Report of the Indian Hemp Drugs Commission, 1894-1895 - Volume VII
Year: 1894
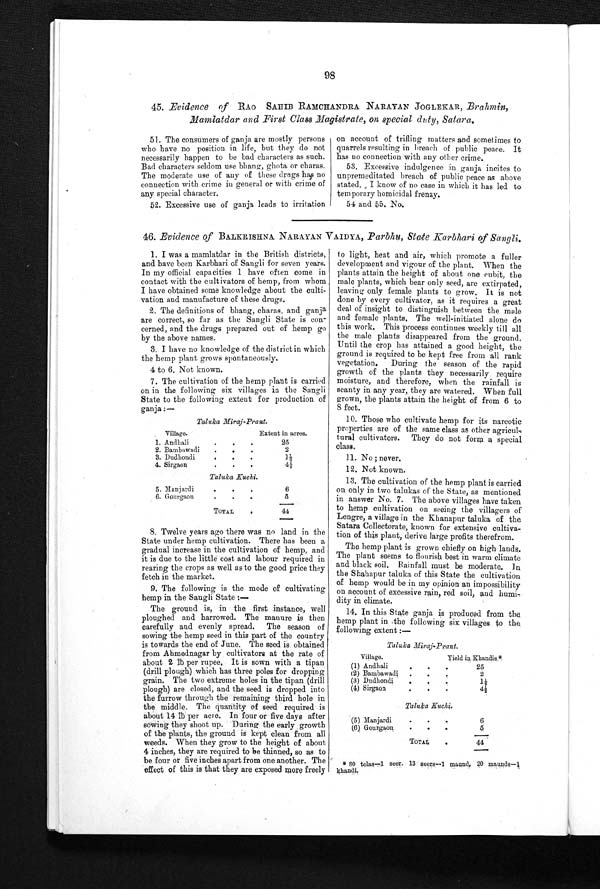
Taluka Miraj-Prant.
Village.
Extent in acres.
1. Andhali
25
2. Bambawadi
2
3. Dudhondi
1 ½
4. Sirgaon
4½
Taluka Kuchi.
5. Manjard i
6
6. Gourgaon
5
TOT AL
44
98
45. Evidence of RAO SAHIB RAMCHANDRA NARAYAN JOGLEKAR, Brahmin,
Mamlatdar and First Class Magistrate, on special duty, Satara.
51. The consumers of ganja are mostly persons
who have no position in life, but they do not
necessarily ha
ppen to be bad characters as such.
Bad characters seldom use bhang, ghota or charas.
The moderate use of any of these drugs has no
connection with crime in general or with crime of
any special character.
52. Excessive use of ganja leads to irritation
on account of trifling matters and sometimes to
quarrels resulting in breach of public peace. It
has no connection with any other crime.
53. Excessive indulgence in ganja incites to
unpremeditated breach of public peace as above
stated. , I know of no case in which it has led to
temporary homicidal frenzy.
54 and 55. No.
46. Evidence of BALKRISHNA NARAYAN VAIDYA, Parbhu, State Karbhari of Sangli.
1. I was a mamlatdar in the British districts,
and have been Karbhari of Sangli for seven years.
In my official capacities 1 have often come in
contact with the cultivators of hemp, from whom
I have obtained some knowledge about the culti
-
vation and manufacture of these drugs.
2. The definitions of bhang, charas, and ganja
are correct, so far as the Sangli State is con
-
cerned, and the drugs prepared out of hemp go
by the above names.
3. I have no knowledge of the district in which
the hemp plant grows spontaneously.
4 to 6. Not known.
7. The cultivation of the hemp plant is carried
on in the following six villages in the Sangli
State to the following extent for production of
ganja:-
8. Twelve years ago there was no land in the
State under hemp cultivation. There has been a
gradual increase in the cultivation of hemp, and
it is due to the little cost and labour required in
rearing the crops as well as to the good price they
fetch in the market.
9. The following is the mode of cultivating
hemp in the Sangli State:—
The ground is, in the first instance, well
ploughed and harrowed. The manure is then
carefully and evenly spread. The season of
sowing the hemp seed in this part of the country
is towards the end of June. The seed is obtained
from Ahmednagar by cultivators at the rate of
about 2 lb per rupee. It is sown with a tipan
(drill plough) which has three poles for dropping
grain. The two extreme holes in the tipan (drill
plough) are closed, and the seed is dropped into
the furrow through the remaining third hole in
the middle. The quantity of seed required is
about 14 lb per acre. In four or five days after
sowing they shoot up. During the early growth
of the plants, the ground is kept clean from all
weeds. When they grow to the height of about
4 inches, they are required to be thinned, so as to
be four or five inches apart from one another. The
effect of this is that they are exposed more freely
to light, heat and air, which promote a fuller
development and vigour of the plant. When the
plants attain the height of about one cubit, the
male plants, which bear only seed, are extirpated,
leaving only female plants to grow. It is not
done by every cultivator, as it requires a great
deal of insight to distinguish between the male
and female plants. The well-initiated alone do
this work. This process continues weekly till all
the male plants disappeared from the ground.
Until the crop has attained a good height, the
ground is required to be kept free from all rank
vegetation. During the season of the rapid
growth of the plants they necessarily require
moisture, and therefore, when the rainfall is
scanty in any year, they are watered. When full
grown, the plants attain the height of from 6 to
8 feet.
10. Those who cultivate hemp for its narcotic
properties are of the same class as other agricul
-
tural cultivators. They do not form a special
class.
11. NO; never.
12. Not known.
13. The cultivation of the hemp plant is carried
on only in two talukas of the State, as mentioned
in answer No. 7. The above villages have taken
to hemp cultivation on seeing the villagers of
Lengre, a village in the Khanapur taluka of the.
Satara Collectorate, known for extensive cultiva
-
tion of this plant, derive large profits therefrom.
The hemp plant is grown chiefly on high lands.
The plant seems to flourish best in warm climate
and black soil. Rainfall must be moderate. In
the Shahapur taluka of this State the cultivation
of hemp would be in my opinion an impossibility
on account of excessive rain, red soil, and humi-
dity in climate.
14. In this State ganja is produced from the
hemp plant in the following six villages to the
following extent:—
Taluka
Village.
Yield in Khandis.*
(1) Andhali
25
(2) Bambawadi
2
(3) Dudhondi
1 ½
(4) Sirgaon
4½
Taluka Kuchi.
(5) Manjardi
6
(6) Gourgaon
5
TOTAL
44
80 tolas–1 seer. 13 seers–1 maund, 20 maunds
–1 khandi
.